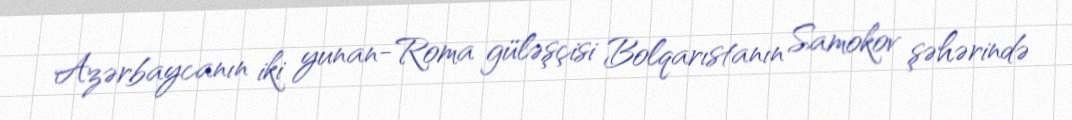
Azərbaycanın iki yunan-Roma güləşçisi Bolqarıstanın Samokov şəhərində